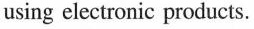
using electronic products.